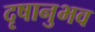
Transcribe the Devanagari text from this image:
दृषानुभव